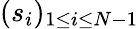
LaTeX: (s_{i})_{1\leq i\leq N-1}